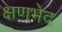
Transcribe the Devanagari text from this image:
क्षणभेद